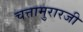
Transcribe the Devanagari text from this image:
चत्तामुरारजी